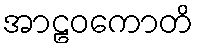
အာဠဝကောတိ